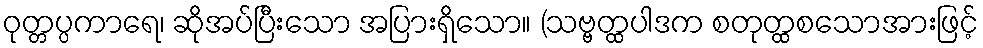
ဝုတ္တပ္ပကာရေ၊ ဆိုအပ်ပြီးသော အပြားရှိသော။ (သဗ္ဗတ္ထပါဒက စတုတ္ထစသောအားဖြင့်